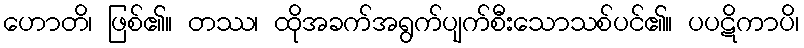
ဟောတိ၊ ဖြစ်၏။ တဿ၊ ထိုအခက်အရွက်ပျက်စီးသောသစ်ပင်၏။ ပပဋိကာပိ၊